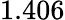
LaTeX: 1.406